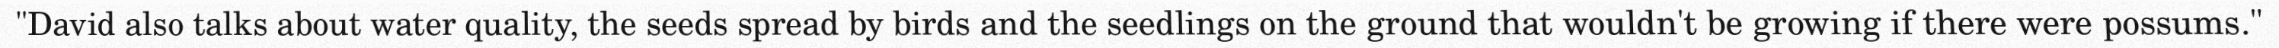
"David also talks about water quality, the seeds spread by birds and the seedlings on the ground that wouldn't be growing if there were possums."